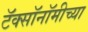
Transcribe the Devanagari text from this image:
टॅक्सॉनॉमीच्या